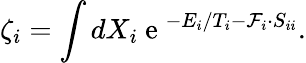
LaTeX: \zeta_{i}=\int dX_{i}\mathrm{~e~}^{-E_{i}/T_{i}-\mathcal{F}_{i}\cdot S_{ii}}.